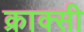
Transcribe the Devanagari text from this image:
क्राक्सी